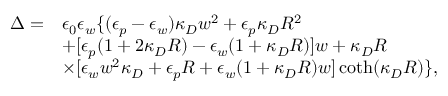
\begin{array} { r l } { \Delta = } & { \epsilon _ { 0 } \epsilon _ { w } \{ ( \epsilon _ { p } - \epsilon _ { w } ) \kappa _ { D } w ^ { 2 } + \epsilon _ { p } \kappa _ { D } R ^ { 2 } } \\ & { + [ \epsilon _ { p } ( 1 + 2 \kappa _ { D } R ) - \epsilon _ { w } ( 1 + \kappa _ { D } R ) ] w + \kappa _ { D } R } \\ & { \times [ \epsilon _ { w } w ^ { 2 } \kappa _ { D } + \epsilon _ { p } R + \epsilon _ { w } ( 1 + \kappa _ { D } R ) w ] \coth ( \kappa _ { D } R ) \} , } \end{array}